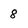
Character: 8